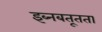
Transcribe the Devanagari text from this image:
इब्नबतूतता